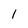
Character: 1